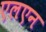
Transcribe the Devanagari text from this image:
एलएन